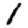
Digit: 1